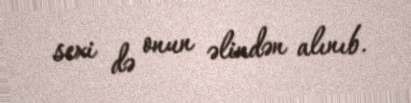
sexi də onun əlindən alınıb.